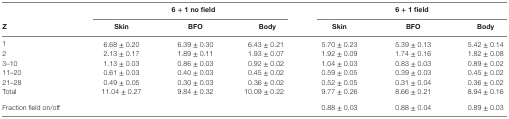
<table><thead><tr><td></td><td colspan="3"><b>6 + 1 no field</b></td><td colspan="3"><b>6 + 1 field</b></td></tr><tr><td><b>Z</b></td><td><b>Skin</b></td><td><b>BFO</b></td><td><b>Body</b></td><td><b>Skin</b></td><td><b>BFO</b></td><td><b>Body</b></td></tr></thead><tbody><tr><td>1</td><td>6.68 ± 0.20</td><td>6.39 ± 0.30</td><td>6.43 ± 0.21</td><td>5.70 ± 0.23</td><td>5.39 ± 0.13</td><td>5.42 ± 0.14</td></tr><tr><td>2</td><td>2.13 ± 0.17</td><td>1.89 ± 0.11</td><td>1.93 ± 0.07</td><td>1.92 ± 0.09</td><td>1.74 ± 0.16</td><td>1.82 ± 0.08</td></tr><tr><td>3–10</td><td>1.13 ± 0.03</td><td>0.86 ± 0.03</td><td>0.92 ± 0.02</td><td>1.04 ± 0.03</td><td>0.83 ± 0.03</td><td>0.89 ± 0.02</td></tr><tr><td>11–20</td><td>0.61 ± 0.03</td><td>0.40 ± 0.03</td><td>0.45 ± 0.02</td><td>0.59 ± 0.05</td><td>0.39 ± 0.03</td><td>0.45 ± 0.02</td></tr><tr><td>21–28</td><td>0.49 ± 0.05</td><td>0.30 ± 0.03</td><td>0.36 ± 0.02</td><td>0.52 ± 0.05</td><td>0.31 ± 0.04</td><td>0.36 ± 0.02</td></tr><tr><td>Total</td><td>11.04 ± 0.27</td><td>9.84 ± 0.32</td><td>10.09 ± 0.22</td><td>9.77 ± 0.26</td><td>8.66 ± 0.21</td><td>8.94 ± 0.16</td></tr><tr><td colspan="4">Fraction field on/off</td><td>0.88 ± 0.03</td><td>0.88 ± 0.04</td><td>0.89 ± 0.03</td></tr></tbody></table>